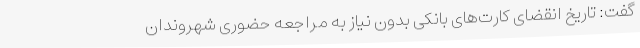
گفت: تاریخ انقضای کارت‌های بانکی بدون نیاز به مراجعه حضوری شهروندان